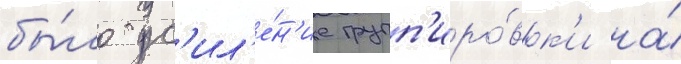
бы́ло ус'ил'е́н'ие групп'иро́вк'и на́